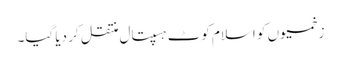
زخمیوں کو اسلام کوٹ ہسپتال منتقل کر دیا گیا۔